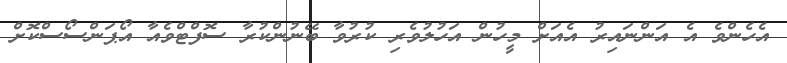
އެހެންވެ އެ އަންނައިރު އެއަށް މީހުން އަހުލުވެރި ކުރުވާ ބޭނުންކުރާ ސޮފްޓްވެއާ އޯޕަންސޯސްކޮށް